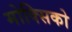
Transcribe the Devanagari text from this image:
मोक्सिको